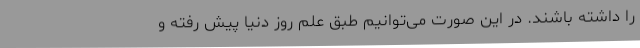
را داشته باشند. در این صورت می‌توانیم طبق علم روز دنیا پیش رفته و